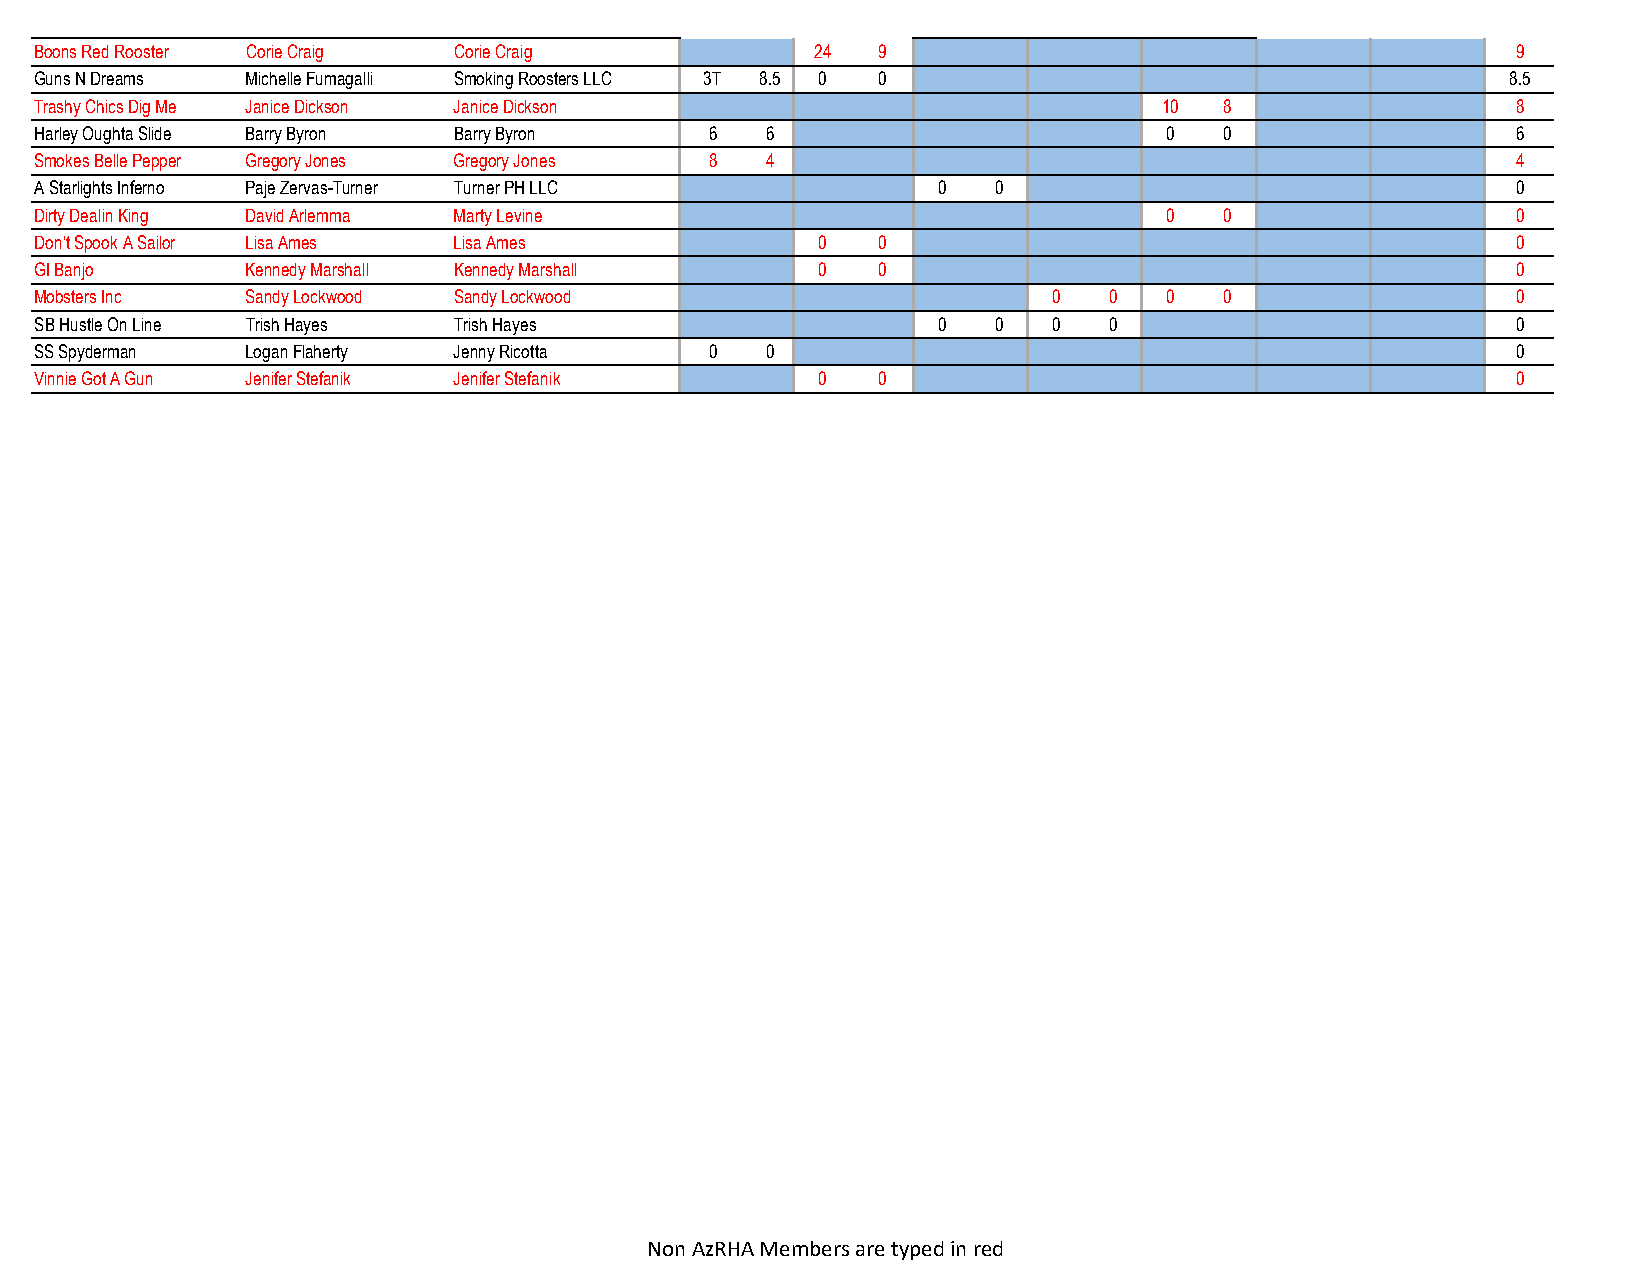
Boons Red Rooster Corie Craig Corie Craig           24  9                                         9
 Guns N Dreams Michelle Fumagalli Smoking Roosters LLC 3T 8.5 0 0                                  8.5
 Trashy Chics Dig Me Janice Dickson Janice Dickson                          10  8                  8
 Harley Oughta Slide Barry Byron Barry Byron  6   6                         0   0                  6
 Smokes Belle Pepper Gregory Jones Gregory Jones 8 4                                               4
 A Starlights Inferno Paje Zervas-Turner Turner PH LLC       0   0                                 0
 Dirty Dealin King David Arlemma Marty Levine                               0   0                  0
 Don’t Spook A Sailor Lisa Ames Lisa Ames            0   0                                         0
 GI Banjo      Kennedy Marshall Kennedy Marshall     0   0                                         0
 Mobsters Inc  Sandy Lockwood Sandy Lockwood                         0  0   0   0                  0
 SB Hustle On Line Trish Hayes Trish Hayes                   0   0   0  0                          0
 SS Spyderman  Logan Flaherty Jenny Ricotta   0   0                                                0
 Vinnie Got A Gun Jenifer Stefanik Jenifer Stefanik  0   0                                         0
 Non AzRHA Members are typed in red